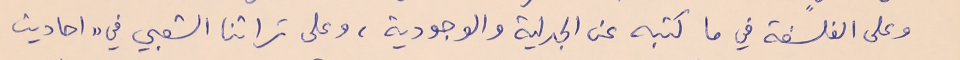
وعلى الفلسفة في ما كتبه عن الجدلية والوجودية، وعلى تراثنا الشعبي في "احاديث